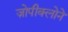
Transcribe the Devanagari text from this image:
ज़ोपीक्लोने